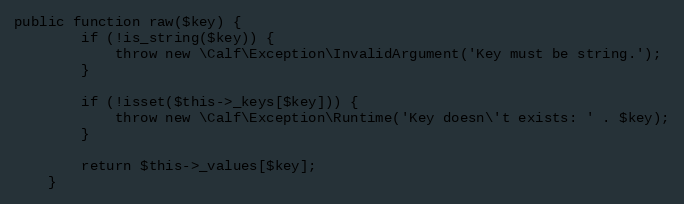
Language: PHP
public function raw($key) {
        if (!is_string($key)) {
            throw new \Calf\Exception\InvalidArgument('Key must be string.');
        }

        if (!isset($this->_keys[$key])) {
            throw new \Calf\Exception\Runtime('Key doesn\'t exists: ' . $key);
        }

        return $this->_values[$key];
    }